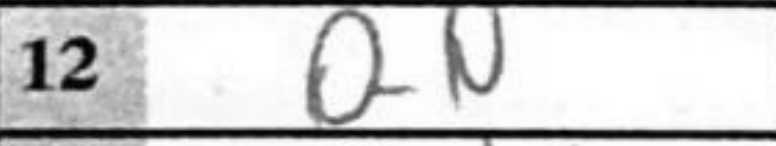
Transcription: O-O